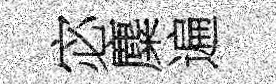
宓麋遍